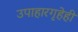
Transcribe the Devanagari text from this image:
उपाहारगृहेही